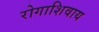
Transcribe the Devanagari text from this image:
रोगाशिवाय